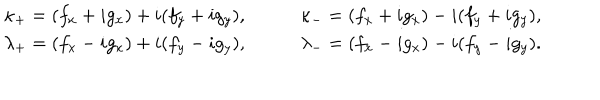
\begin{array} { l l } { { \kappa _ { + } = ( f _ { x } + i g _ { x } ) + i ( f _ { y } + i g _ { y } ) , } } & { { \qquad \kappa _ { - } = ( f _ { x } + i g _ { x } ) - i ( f _ { y } + i g _ { y } ) , } } \\ { { \lambda _ { + } = ( f _ { x } - i g _ { x } ) + i ( f _ { y } - i g _ { y } ) , } } & { { \qquad \lambda _ { - } = ( f _ { x } - i g _ { x } ) - i ( f _ { y } - i g _ { y } ) . } } \\ \end{array}